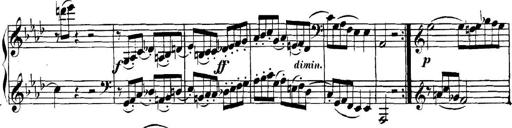
Title: Collected Piano Sonatas
Composer: Muzio Clementi